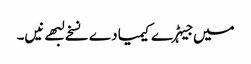
میں جیہڑے کیمیا دے نسخے لبھے نیں۔